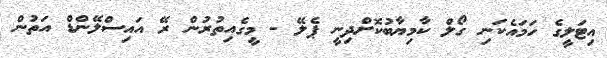
އިޓަލީގެ ހަމައެކަނި ގޯލް ކާމިޔާބުކޮށްދިނީ ޕެލޭ - މީގެއިތުރުން ރޭ އައިސްލޭންޑް އަތުން